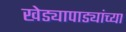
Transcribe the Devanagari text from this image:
खेड्यापाड्यांच्या